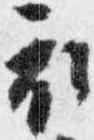
家